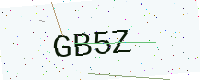
Text: GB5Z